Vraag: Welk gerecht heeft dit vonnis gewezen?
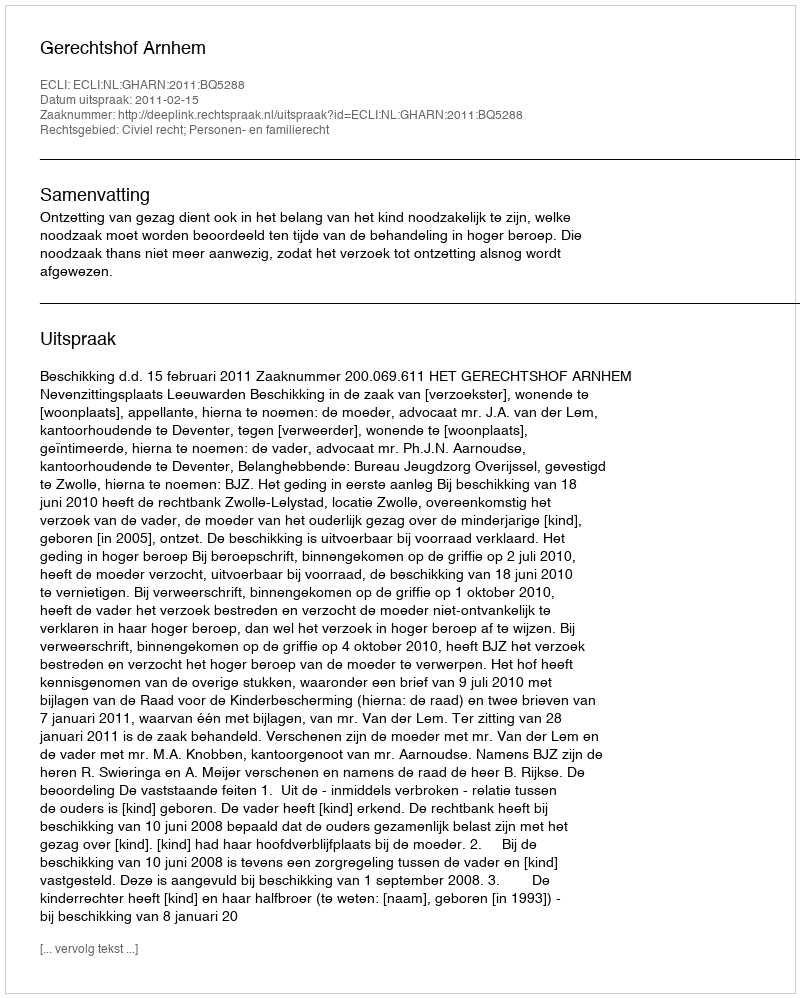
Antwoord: Gerechtshof Arnhem